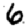
Digit: 6